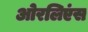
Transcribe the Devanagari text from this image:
ओरलिएंस